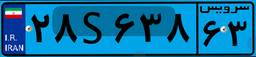
۹۹S۹۷۱۴۲